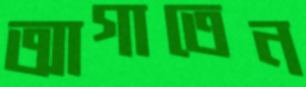
আগাতেন